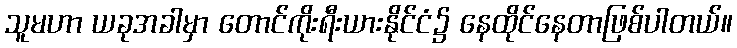
သူမဟာ ယခုအခါမှာ တောင်ကိုးရီးယားနိုင်ငံ၌ နေထိုင်နေတာဖြစ်ပါတယ်။